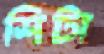
শিটা